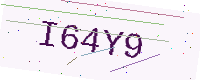
Text: I64Y9